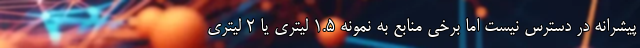
پیشرانه در دسترس نیست اما برخی منابع به نمونه 1.5 لیتری یا 2 لیتری